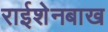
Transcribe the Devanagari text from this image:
राईशेनबाख